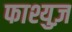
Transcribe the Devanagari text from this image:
फाश्युज़